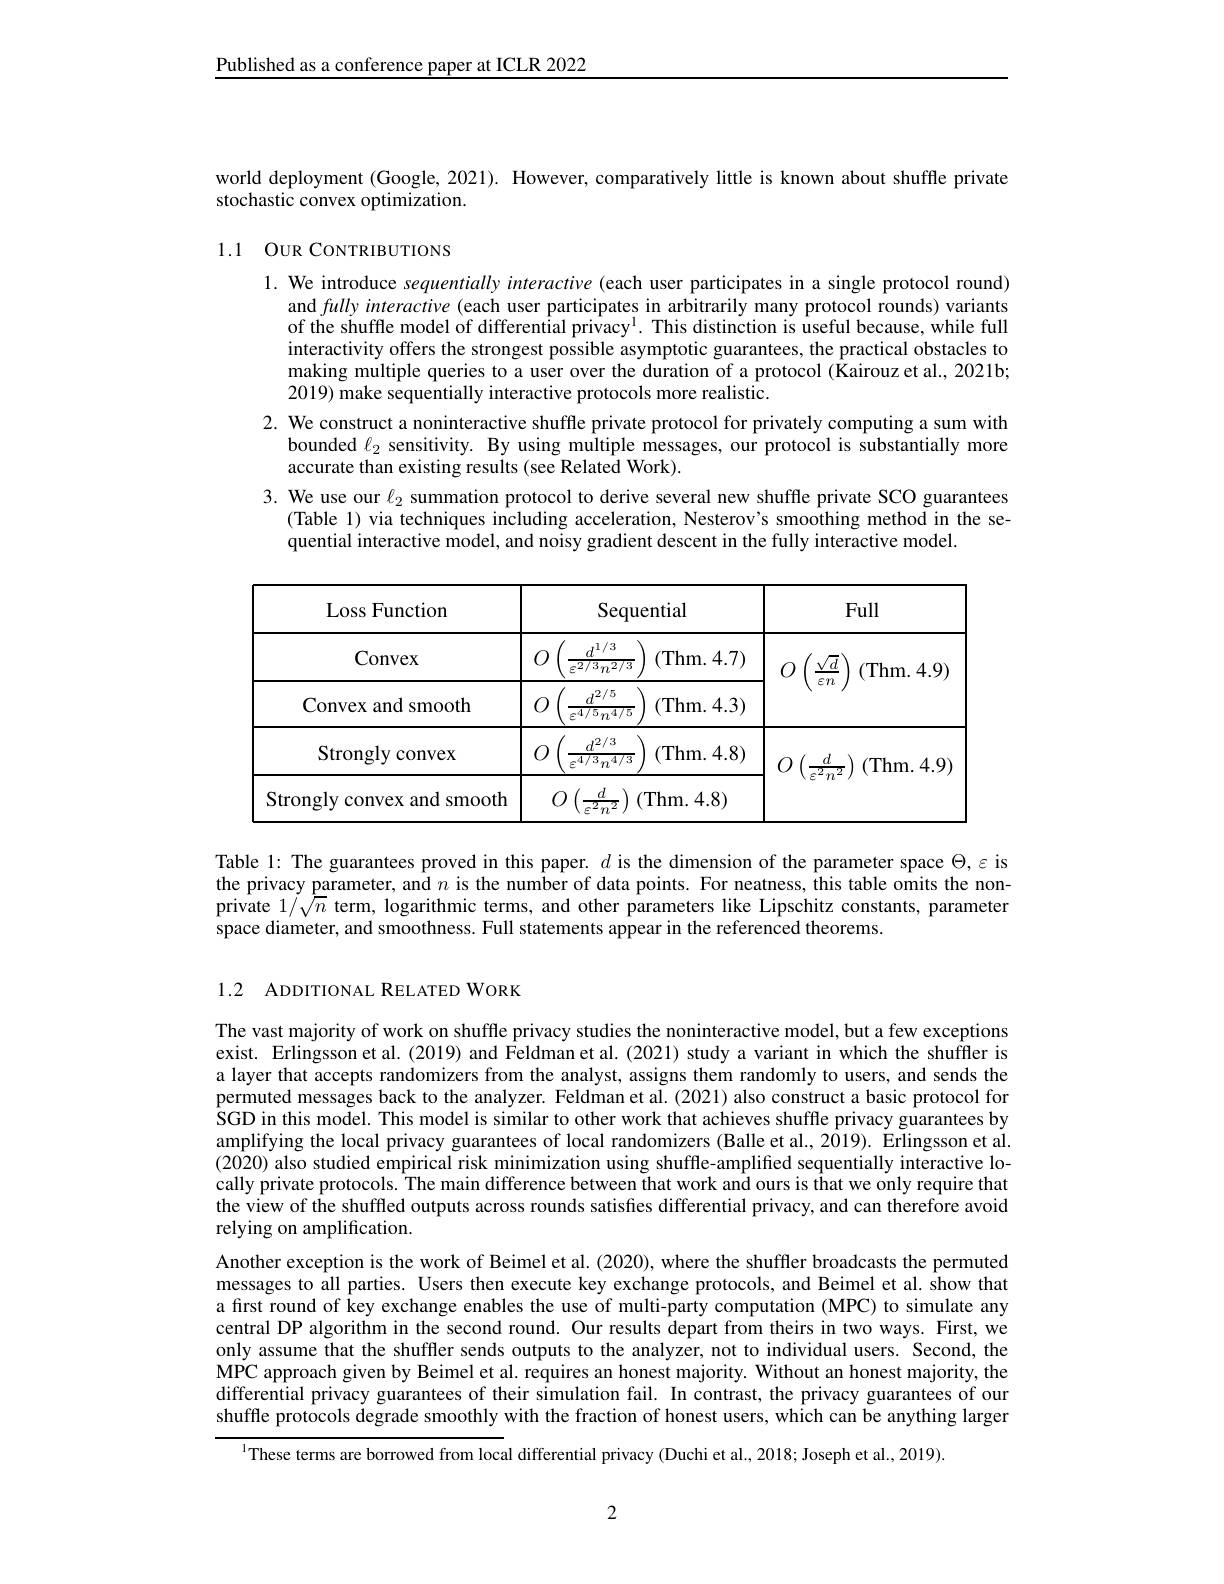
Published as a conference paper at ICLR 2022

world deployment (Google, 2021). However, comparatively little is known about shuffle private
stochastic convex optimization.

## 1.1 OUR CONTRIBUTIONS

1. We introduce sequentially interactive (each user participates in a single protocol round)
and fully interactive (each user participates in arbitrarily many protocol rounds) variants of the shuffle model of differential privacy$^1.$ This distinction is useful because, while full interactivity offers the strongest possible asymptotic guarantees, the practical obstacles to making multiple queries to a user over the duration of a protocol (Kairouz et al., 2021b; $2019)\tilde{\text{make sequentially interactive protocols more realistic.}}$
2. We construct a noninteractive shuffle private protocol for privately computing a sum with
bounded $\ell_2$ sensitivity. By using multiple messages, our protocol is substantially more
accurate than existing results (see Related Work).
3. We use our $\ell_{2}$ summation protocol to derive several new shuffle private SCO guarantees
(Table 1) via techniques including acceleration, Nesterov's smoothing method in the se-
quential interactive model, and noisy gradient descent in the fully interactive model.

<table>
	<tbody>
		<tr>
			<th>Loss Function</th>
			<th>Sequential</th>
			<th>Full</th>
		</tr>
		<tr>
			<td>Convex</td>
			<td>$d1/3$ (Thm.4.7) $\varepsilon^{2/3}n^{2/3}$</td>
			<td>(Thm.4.9)</td>
		</tr>
		<tr>
			<td>Convex and smooth</td>
			<td>$d^{2/5}$ (Thm.4.3) $\overline{\varepsilon^{4/5}n^{4/5}}$</td>
			<td>$\Xi Il$</td>
		</tr>
		<tr>
			<td>Strongly convex</td>
			<td>$d^{2/3}$ (Thm.4.8) ${\varepsilon^{4/3}n^{4/3}}$</td>
			<td>(Thm.4.9</td>
		</tr>
		<tr>
			<td>Strongly 11 convex and smooth</td>
			<td>(Thm.4.8)</td>
			<td>$,\in Tl$</td>
		</tr>
	</tbody>
</table>

Table 1: The guarantees proved in this paper. $d$ is the dimension of the parameter space $\Theta,\varepsilon$ is the privacy parameter, and $n$ is the number of data points. For neatness, this table omits the nonprivate $1/\sqrt{n}$ term, logarithmic terms, and other parameters like Lipschitz constants, parameter space diameter, and smoothness. Full statements appear in the referenced theorems.

1.2 ADDITIONAL RELATED WORK

The vast majority of work on shuffle privacy studies the noninteractive model, but a few exceptions exist. Erlingsson et al. (2019) and Feldman et al. (2021) study a variant in which the shufffer is a layer that accepts randomizers from the analyst, assigns them randomly to users, and sends the permuted messages back to the analyzer. Feldman et al.(2021) also construct a basic protocol for $\hat{\text{SGD in this model. This model is similar to other work that achieves shuffle privacy guarantees by}}$ amplifying the local privacy guarantees of local randomizers (Balle et al., 2019). Erlingsson et al. (2020) also studied empirical risk minimization using shuffle-amplified sequentially interactive locally private protocols. The main difference between that work and ours is that we only require that the view of the shuffled outputs across rounds satisfies differential privacy, and can therefore avoid relying on amplification.
Another exception is the work of Beimel et al. (2020), where the shuffler broadcasts the permuted messages to all parties. Users then execute key exchange protocols, and Beimel et al. show that a first round of key exchange enables the use of multi-party computation (MPC) to simulate any central DP algorithm in the second round. Our results depart from theirs in two ways. First, we only assume that the shuffler sends outputs to the analyzer, not to individual users. Second, the MPC approach given by Beimel et al. requires an honest majority. Without an honest majority, the differential privacy guarantees of their simulation fail. In contrast, the privacy guarantees of our shuffle protocols degrade smoothly with the fraction of honest users, which can be anything larger
$^{\text{l}}$These terms are borrowed from local differential privacy (Duchi et al., 2018; Joseph et al., 2019).

2